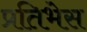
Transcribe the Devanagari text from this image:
प्रतिभेस